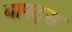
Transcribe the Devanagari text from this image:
बापट्स